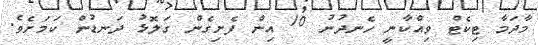
މާދަމާ ޓިކެޓް ވިއްކާނީ ހެނދުނު 10 އިން ފެށިގެން ގަލޮޅު ދަނޑުން ކަމަށެވެ.